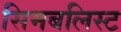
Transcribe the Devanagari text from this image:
सिमबलिस्ट